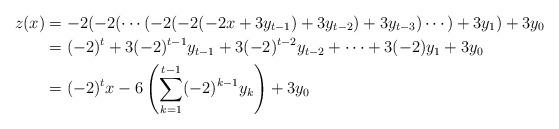
LaTeX: \begin{align*}z(x) &= -2(-2(\cdots(-2(-2(-2x+3y_{t-1})+3y_{t-2})+3y_{t-3})\cdots)+3y_1)+3y_0 \\&= (-2)^t+3(-2)^{t-1}y_{t-1}+3(-2)^{t-2}y_{t-2}+\cdots + 3(-2)y_1+3y_0 \\&= (-2)^tx-6\left(\sum_{k=1}^{t-1} (-2)^{k-1}y_k\right) + 3y_0\end{align*}